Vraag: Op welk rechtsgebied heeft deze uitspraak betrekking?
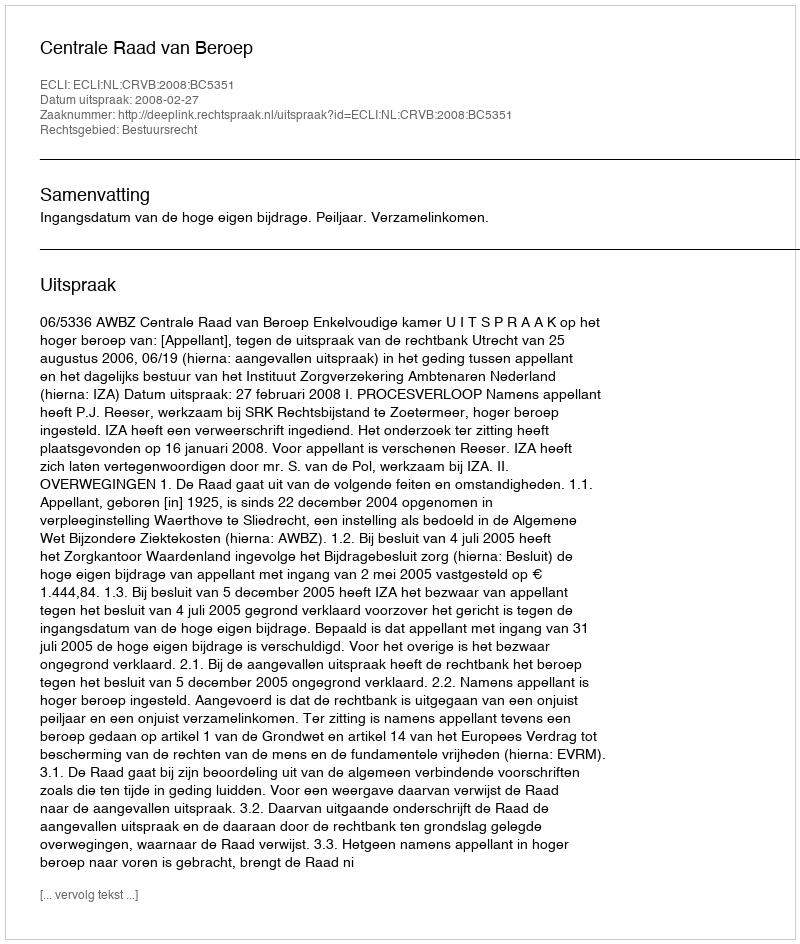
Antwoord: Bestuursrecht